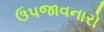
ઉપજાવનારો